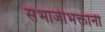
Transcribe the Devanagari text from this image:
संभाजीभक्तांनी